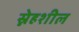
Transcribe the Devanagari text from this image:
स्नेहशील